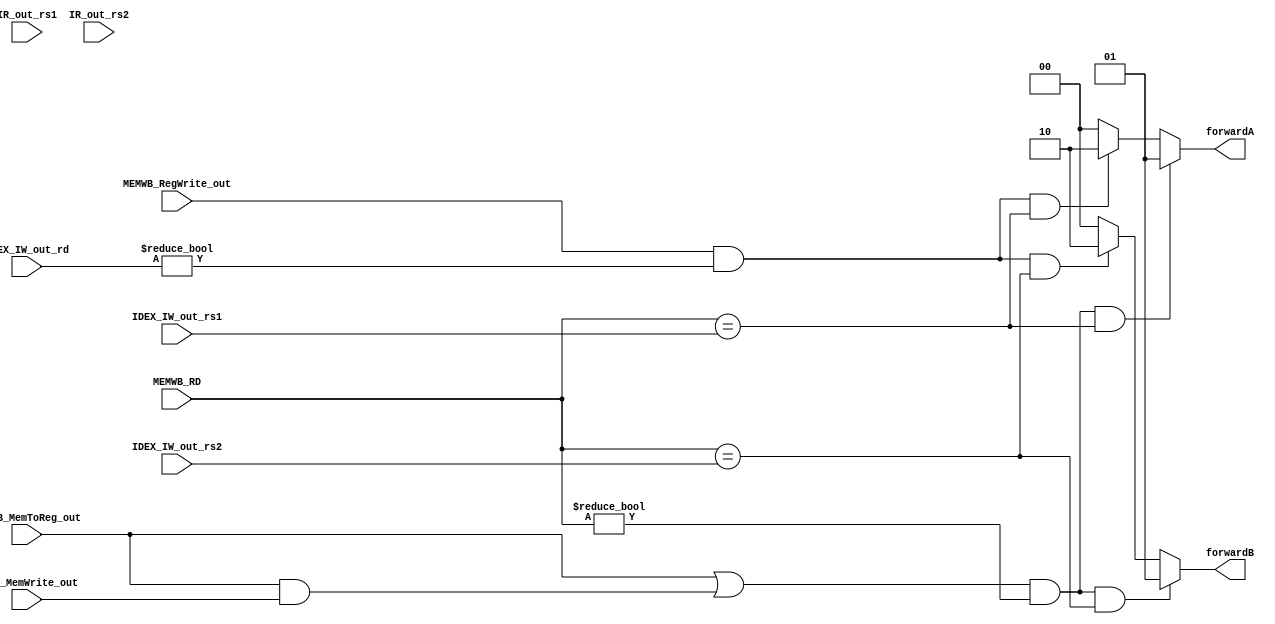
`timescale 1ns / 1ps
//////////////////////////////////////////////////////////////////////////////////
// Company: 
// Engineer: 
// 
// Design Name: 
// Module Name: ForwardingUnit
// Project Name: 
// Target Devices: 
// Tool Versions: 
// Description: 
// 
// Dependencies: 
// 
// Revision:
// Revision 0.01 - File Created
// Additional Comments:
// 
//////////////////////////////////////////////////////////////////////////////////

 
 
`timescale 1ns / 1ps
//////////////////////////////////////////////////////////////////////////////////
// Company: 
// Engineer: 
// 
// Design Name: 
// Module Name: ForwardingUnit
// Project Name: 
// Target Devices: 
// Tool Versions: 
// Description: 
// 
// Dependencies: 
// 
// Revision:
// Revision 0.01 - File Created
// Additional Comments:
// 
//////////////////////////////////////////////////////////////////////////////////

 
 
module ForwardingUnit(
input MEMWB_RegWrite_out,
input IDEX_MemWrite_out,
input [4:0] IR_out_rs1,
input [4:0] IDEX_IW_out_rd,
input [4:0] IDEX_IW_out_rs1,
input [4:0] IDEX_IW_out_rs2,
input [4:0] IR_out_rs2,
input MEMWB_MemToReg_out,
input [4:0] MEMWB_RD,
output reg [1:0] forwardA,
output reg [1:0] forwardB
    );



always @(*)
begin


//EX Hazard 
if(MEMWB_RegWrite_out && (IDEX_IW_out_rd!=0) && (MEMWB_RD == IDEX_IW_out_rs1))
   
    forwardA = 2'b10;
    
    else 
      forwardA = 2'b00;
    
if(MEMWB_RegWrite_out && (IDEX_IW_out_rd!=0) && (MEMWB_RD == IDEX_IW_out_rs2))

    forwardB = 2'b10;
    
     else 
       forwardB = 2'b00;


//MEM Hazard    
 if((MEMWB_MemToReg_out||(MEMWB_MemToReg_out&&IDEX_MemWrite_out)) && (MEMWB_RD != 0) && (MEMWB_RD==IDEX_IW_out_rs1) ) 
    forwardA = 2'b01;
       /*else 
       forwardA = 2'b00;*/


if((MEMWB_MemToReg_out||(MEMWB_MemToReg_out&&IDEX_MemWrite_out)) && (MEMWB_RD != 0) && (MEMWB_RD==IDEX_IW_out_rs2) ) 
    forwardB = 2'b01;
       /*else 
       forwardB = 2'b00;*/

end

endmodule